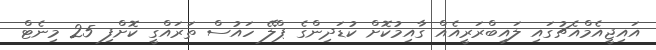
އައިޖީއެމްއެޗުގައި ލައިބްރަރީއެއް ގާއިމުކޮށް ކުޑަދިންގެ ޕްލޭ ހައުސް ތަރައްގީ ކޮށްފި 25 މިނެޓް